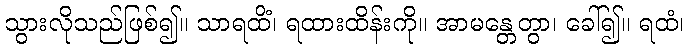
သွားလိုသည်ဖြစ်၍။ သာရထိံ၊ ရထားထိန်းကို။ အာမန္တေတွာ၊ ခေါ်၍။ ရထံ၊